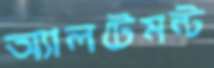
অ্যালটেমন্ট